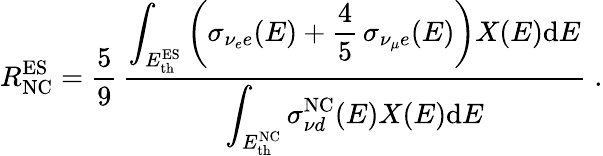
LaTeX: R_{\mathrm{NC}}^{\mathrm{ES}}={\frac{5}{9}}\, {\frac{\displaystyle\int_{E_{\mathrm{th}}^{\mathrm{ES}}}\left(\sigma_{\nu_{e}e}(E)+{\frac{4}{5}}\, \sigma_{\nu_{\mu}e}(E)\right)X(E)\mathrm{d}E}{\displaystyle\int_{E_{\mathrm{th}}^{\mathrm{NC}}}\sigma_{{\nu}d}^{\mathrm{NC}}(E)X(E)\mathrm{d}E}}\; .